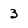
Character: 3